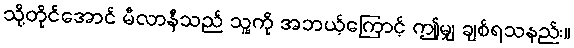
သို့တိုင်အောင် မီလာနီသည် သူ့ကို အဘယ့်ကြောင့် ဤမျှ ချစ်ရသနည်း။